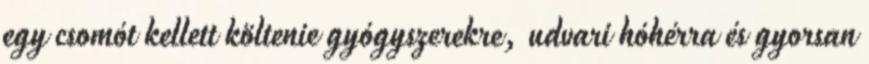
egy csomót kellett költenie gyógyszerekre, udvari hóhérra és gyorsan